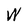
Character: W